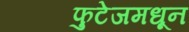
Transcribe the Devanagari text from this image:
फुटेजमधून